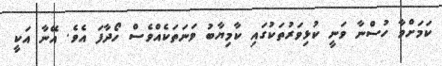
ކަމަށްވާ ހުސްނާ ވަނީ ކުޅިވަރުތަކުގައި ކާމިޔާބު ވަނަތަކެއްވެސް ހޯދާފަ އެވެ. އޭނާ އަކީ